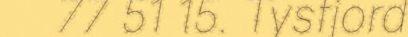
77 51 15. Tysfjord